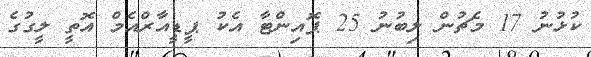
ކުޅުނު 17 މެޗުން ލިބުނު 25 ޕޮއިންޓާ އެކު ޕީޑީއާރްއެމް އޮތީ ލީގުގެ